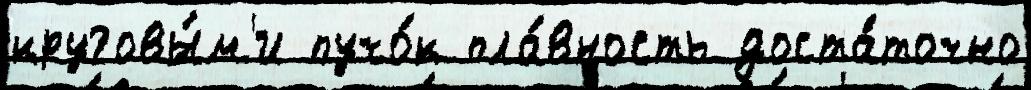
круговы́м'и пучо́к пла́вность доста́точно